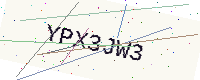
Text: YPX3JW3